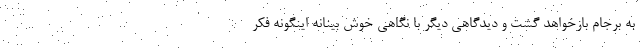
به برجام بازخواهد گشت و دیدگاهی دیگر با نگاهی خوش بینانه اینگونه فکر